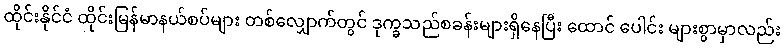
ထိုင်းနိုင်ငံ ထိုင်းမြန်မာနယ်စပ်များ တစ်လျှောက်တွင် ဒုက္ခသည်စခန်းများရှိနေပြီး ထောင် ပေါင်း များစွာမှာလည်း